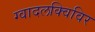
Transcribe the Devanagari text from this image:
ग्वादलक्विविर